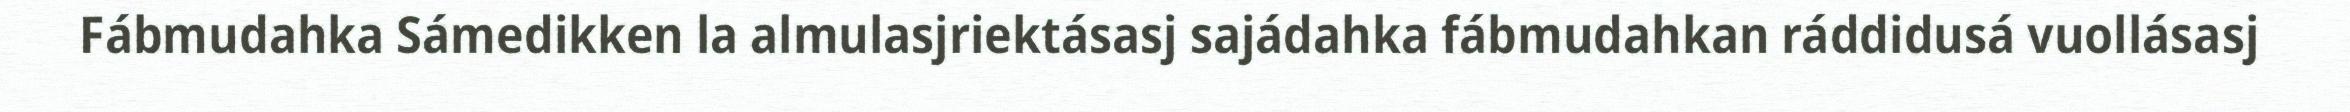
Fábmudahka Sámedikken la almulasjriektásasj sajádahka fábmudahkan ráddidusá vuollásasj